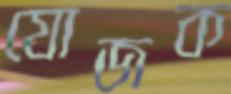
যোজক